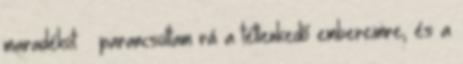
maradékot – parancsoltam rá a tétlenkedő embereimre, és a